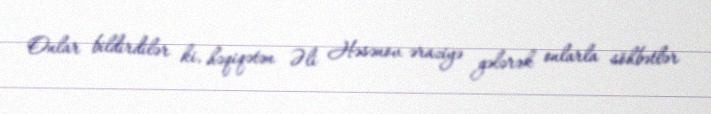
Onlar bildirdilər ki, həqiqətən Əli Həsənov əraziyə gələrək onlarla söhbətlər